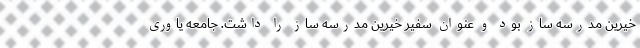
خیرین مدرسه ساز بود و عنوان سفیر خیرین مدرسه ساز را داشت. جامعه یاوری